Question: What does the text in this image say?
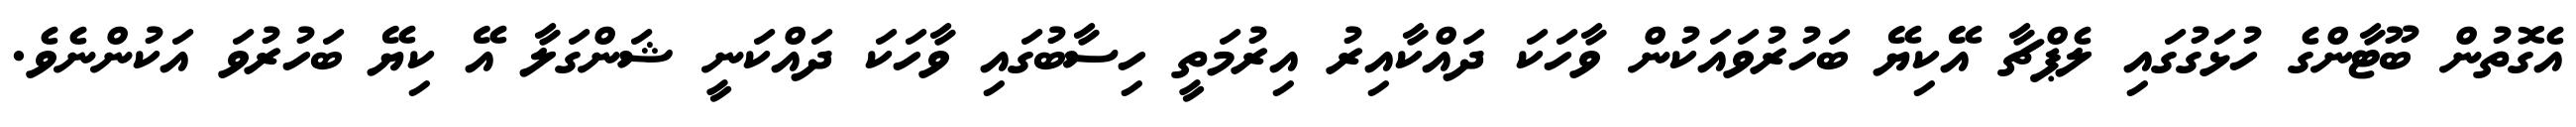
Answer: އެގޮތުން ބޫޓާންގެ ހުޅަގުގައި ލެޕްޗާ އޭކިޔޭ ބަހުރުވައަކުން ވާހަކަ ދައްކާއިރު އިރުމަތީ ހިސާބުގައި ވާހަކަ ދައްކަނީ ޝަންގަލާ އޭ ކިޔޭ ބަހުރުވަ އަކުންނެވެ.